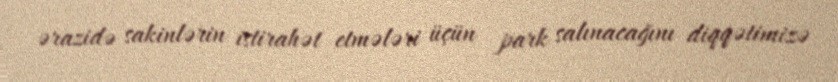
ərazidə sakinlərin istirahət etmələri üçün park salınacağını diqqətimizə